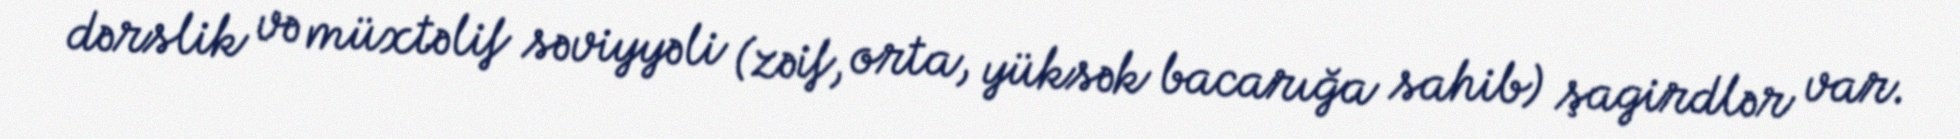
dərslik və müxtəlif səviyyəli (zəif, orta, yüksək bacarığa sahib) şagirdlər var.